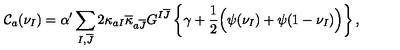
{ \cal C } _ { a } ( \nu _ { I } ) = \alpha ^ { \prime } \sum _ { I , \overline { { J } } } 2 \kappa _ { a I } \overline { { \kappa } } _ { a \overline { { J } } } G ^ { I \overline { { J } } } \left\{ \gamma + \frac { 1 } { 2 } \Big ( \mathrm { \boldmath { \psi } } ( \nu _ { I } ) + \mathrm { \boldmath { \psi } } ( 1 - \nu _ { I } ) \Big ) \right\} ,